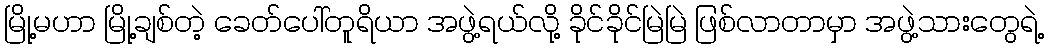
မြို့မဟာ မြို့ချစ်တဲ့ ခေတ်ပေါ်တူရိယာ အဖွဲ့ရယ်လို့ ခိုင်ခိုင်မြဲမြဲ ဖြစ်လာတာမှာ အဖွဲ့သားတွေရဲ့